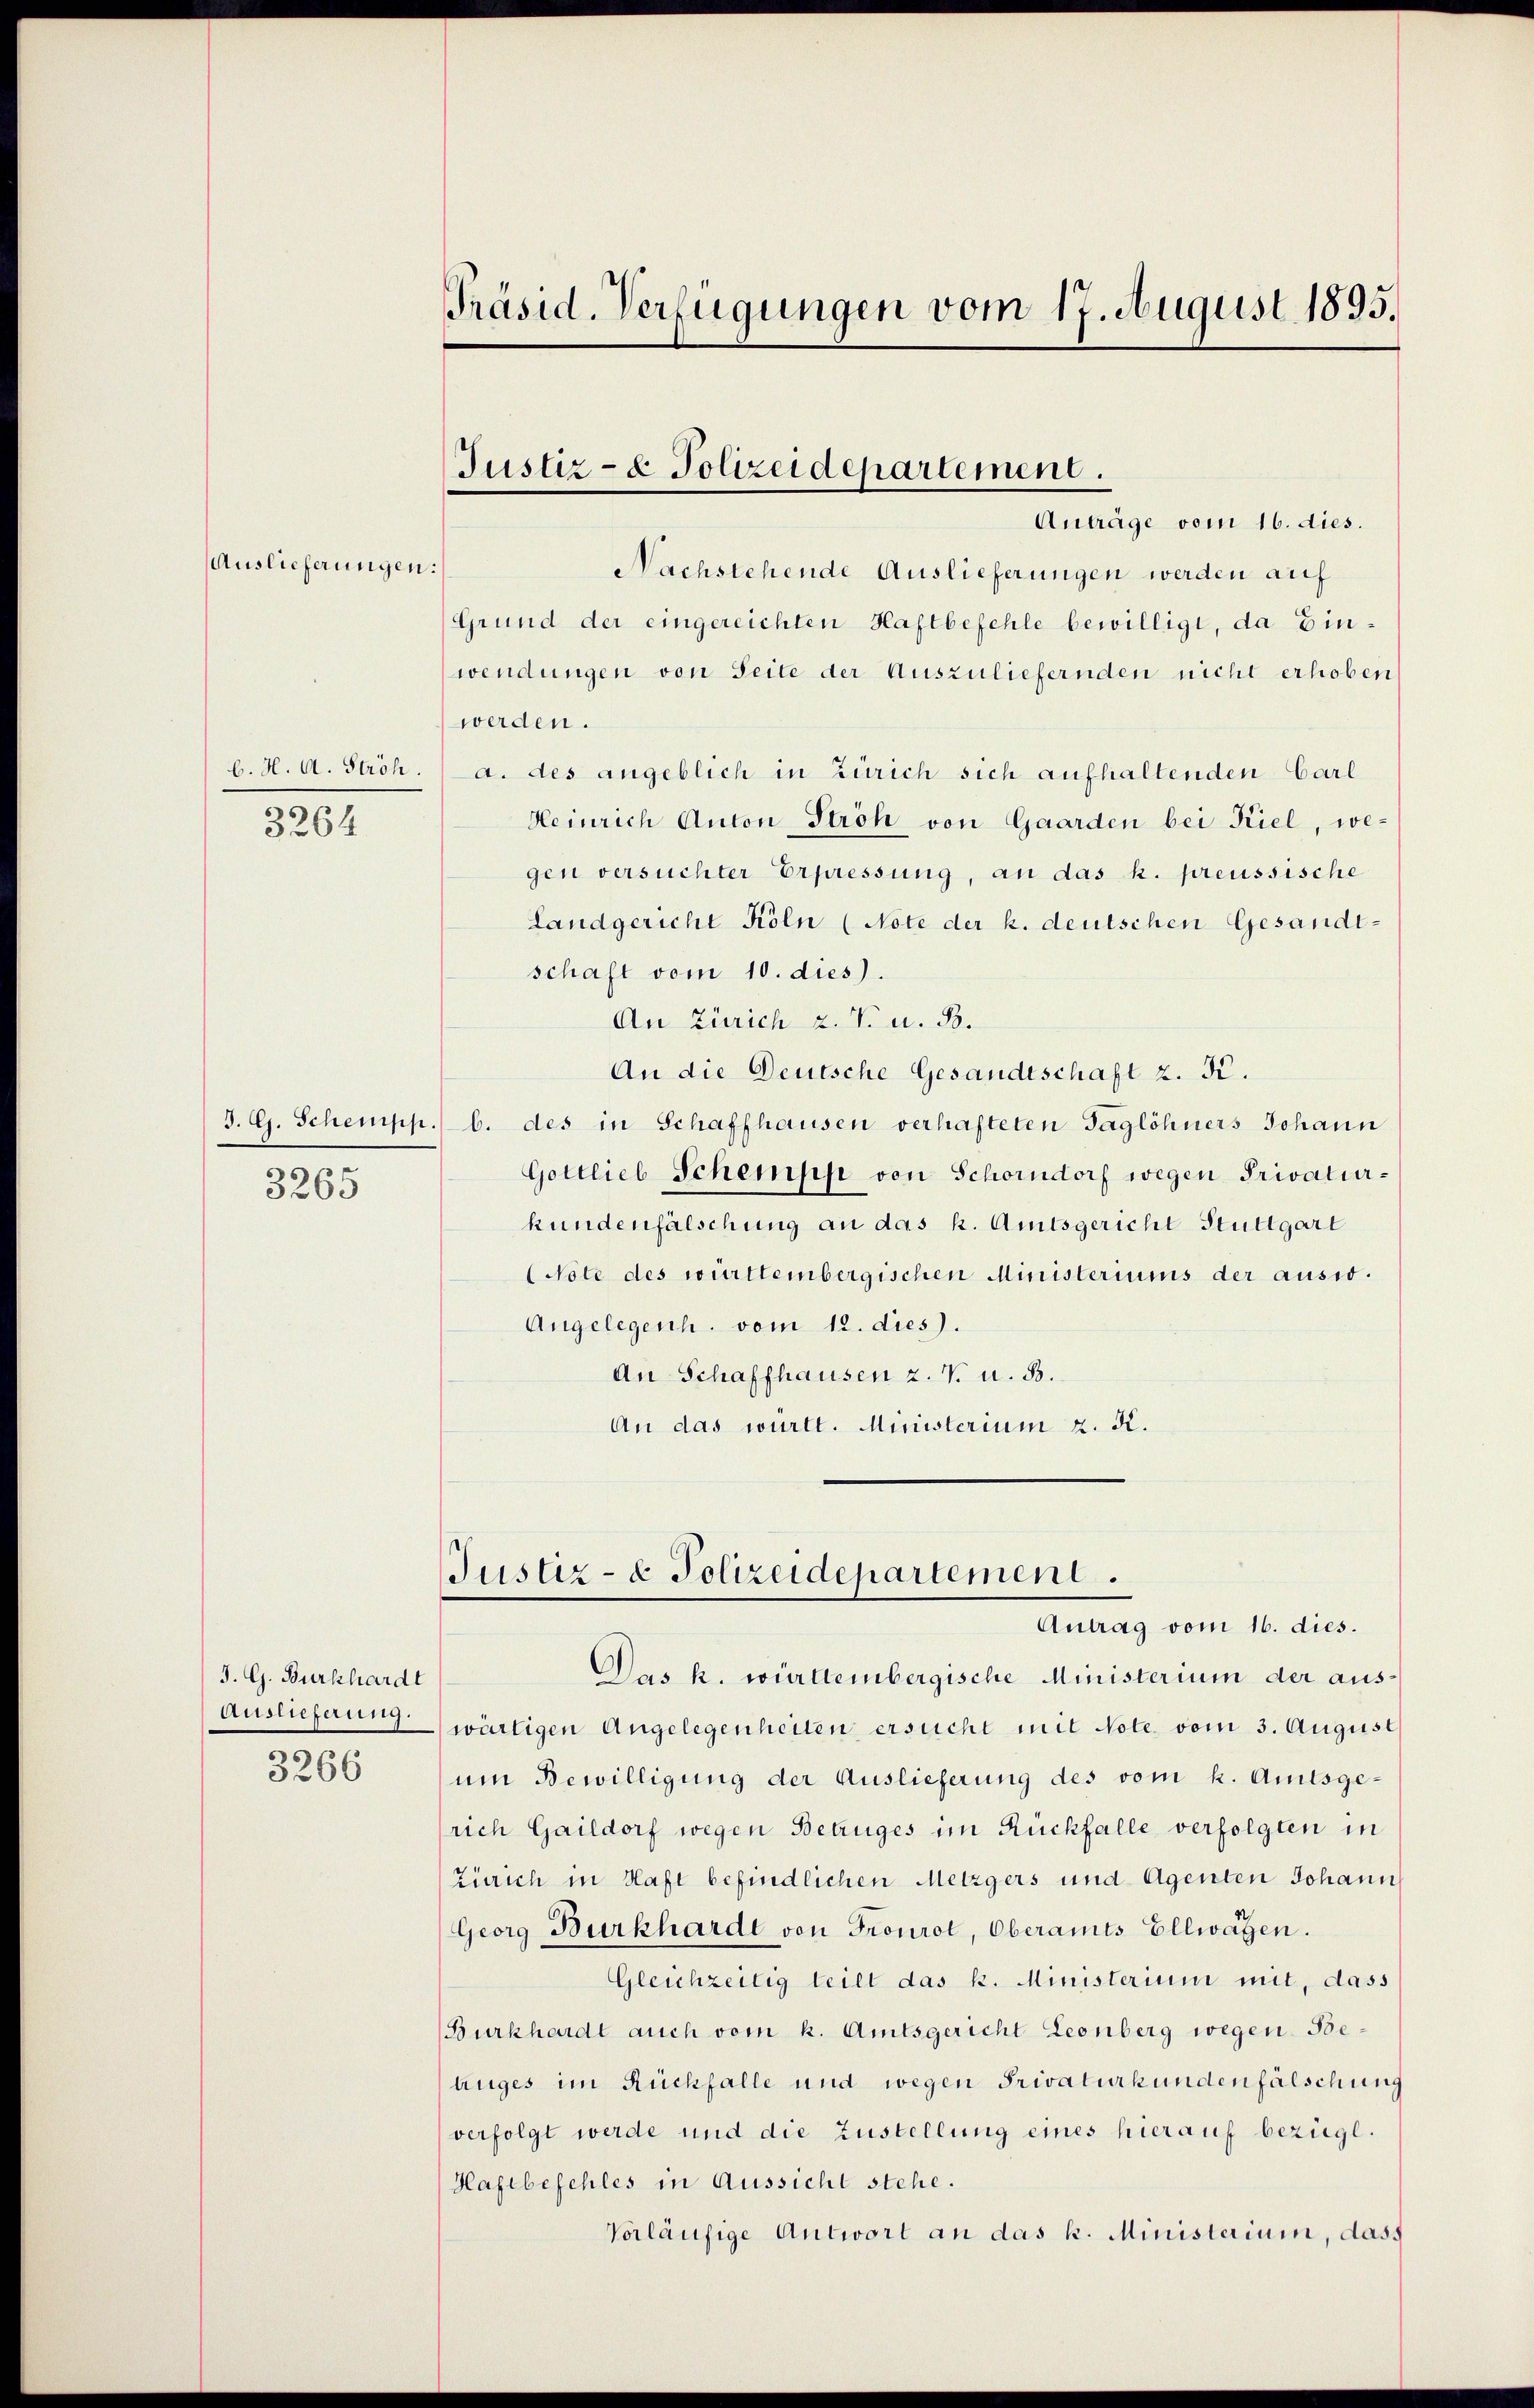
Auslieferungen:

3264

3265

J. G. Burkhardt
Auslieferung.
3266

Nachstehende Auslieferungen werden auf
Grund der eingereichten Haftbefehle bewilligt, da Einwendungen von Seite der Auszuliefernden nicht erhoben
werden.
b. H. A. Ströh. a. des angeblich in Zürich sich aufhaltenden Carl
Heinrich Anton Stroh von Gaarden bei Kiel, wegen versuchter Erpressung, an das k. preussische
Landgericht Köln (Note der k. deutschen Gesandt-
schaft vom 10. dies).
An Zürich 2. V. u. B.
An die Deutsche Gesandtschaft z. K.
J. G. Schempp.) b. des in Schaffhausen verhafteten Taglöhners Johann
Gottlieb Schempp von Schorndorf wegen Privaturkundenfälschung an das k. Amtsgericht Stuttgart
(Note des württembergischen Ministeriums der ausw.
Angelegenh. vom 12. dies).
An Schaffhausen 2. V. u. 83.
An das württ. Ministerium z. K.

Präsid. Verfügungen vom 17. August 1895.

Justiz- & Polizeidepartement.
Anträge vom 16. dies.

Justiz- & Polizeidepartement.

Antrag vom 16. dies.
Das k. württembergische Ministerium der aus-
wärtigen Angelegenheiten ersucht mit Note vom 3. August
um Bewilligung der Auslieferung des vom k. Amtsge-
rich Gaildorf wegen Betruges im Rückfalle verfolgten in
Zürich in Haft befindlichen Metzgers und Agenten Johann
Georg Burkhardt von Frourol, Oberamts Ellwagen.
Gleichzeitig teilt das k. Ministerium mit, dass
Burkhardt auch vom k. Amtsgericht Leonberg wegen Beluges im Rückfalle und wegen Privaturkundenfälschung
verfolgt werde und die Zustellung eines hierauf bezügl.
Haftbefehles in Aussicht stehe.
Vorläufige Antwort an das k. Ministerium, dass